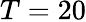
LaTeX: T=20